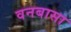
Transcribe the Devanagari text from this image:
वनबासा